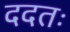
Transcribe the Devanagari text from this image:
ददतः